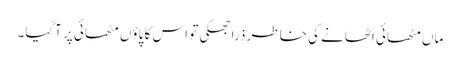
ماں مٹھائی اٹھانے کی خاطر ذرا جھکی تو اس کا پاؤں مٹھائی پر آگیا۔